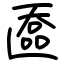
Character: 匲